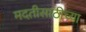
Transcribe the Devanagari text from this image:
मदतीसाठीच्या